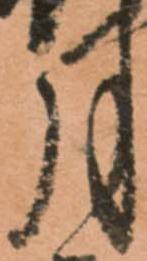
月